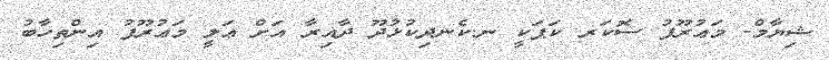
ޝިޔާމް- މަޢުރޫފު ސޮކަރ ކަޕަކީ ނ.ކެނދިކުޅުދޫ ދާއިރާ އަށް ޢަލީ މަޢުރޫފު އިންތިހާބު